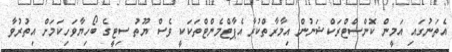
އެތަނުގައި އަމީން ކޮންސްޓްރަކްޝަނުން އިމާރާތްކުރާ އެޕާޓްމެންޓްތަކަކީ ވެސް ޔޫތު ސިޓީގެ ބޯހިޔާވަހިކަމަށް އިތުރުވާ